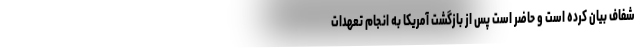
شفاف بیان کرده است و حاضر است پس از بازگشت آمریکا به انجام تعهدات